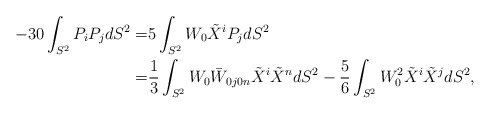
\begin{align*} -30 \int_{S^2} P_i P_j dS^2 = & 5 \int_{S^2} W_0 \tilde X^i P_j dS^2 \\= & \frac{1}{3}\int_{S^2} W_0\bar W_{0j0n} \tilde X^i \tilde X^n dS^2 - \frac{5}{6} \int_{S^2} W_0^2 \tilde X^i \tilde X^j dS^2, \end{align*}